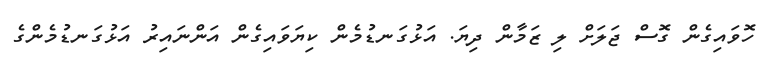
ހޮވައިގެން ގޮސް ޖަލަށް ލި ޒަމާން ދިޔަ. އަޅުގަނޑުމެން ކިޔަވައިގެން އަންނައިރު އަޅުގަނޑުމެންގެ